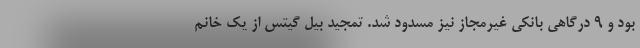
بود و ٩ درگاهی بانکی غیرمجاز نیز مسدود شد. تمجید بیل گیتس از یک خانم